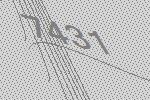
7431